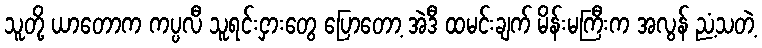
သူတို့ ယာတောက ကပ္ပလီ သူရင်းငှားတွေ ပြောတော့ အဲဒီ ထမင်းချက် မိန်းမကြီးက အလွန် ညံ့သတဲ့